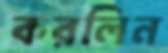
করলিন